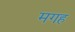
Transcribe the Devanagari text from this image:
मगह